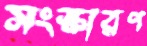
সংস্কারণ